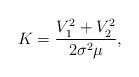
LaTeX: \begin{align*} K= \frac{V_{1}^{2}+V_{2}^{2}}{2{{\sigma }^{2}}\mu },\end{align*}